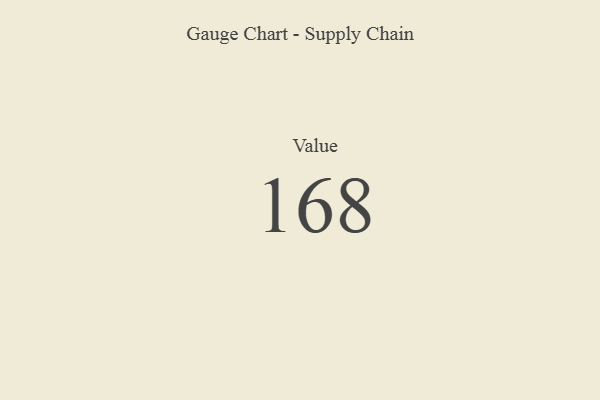
{"axis": {"x": "Metric", "y": "Value"}, "legend": [""], "data": [{"x": "Value", "y": 168, "type": ""}]}